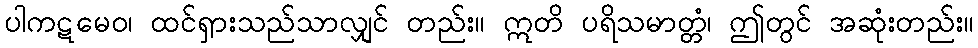
ပါကဋမေဝ၊ ထင်ရှားသည်သာလျှင် တည်း။ ဣတိ ပရိသမာတ္တံ၊ ဤတွင် အဆုံးတည်း။